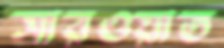
সারওয়াত